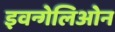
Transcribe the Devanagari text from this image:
इवन्गेलिओन